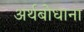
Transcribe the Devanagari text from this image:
अर्थबोधाना